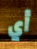
أي